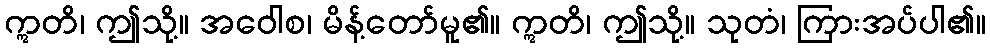
ဣတိ၊ ဤသို့။ အဝေါစ၊ မိန့်တော်မူ၏။ ဣတိ၊ ဤသို့။ သုတံ၊ ကြားအပ်ပါ၏။